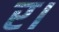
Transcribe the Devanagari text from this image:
र।